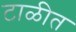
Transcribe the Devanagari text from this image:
टाळीत